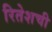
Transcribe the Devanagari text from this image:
रितेशची